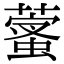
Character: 𦻩